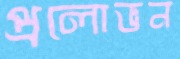
প্রলোভন